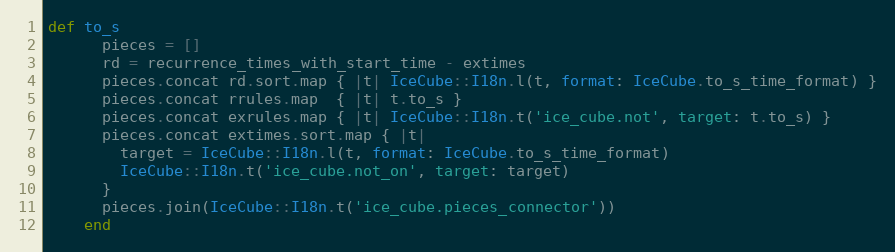
Language: Ruby
def to_s
      pieces = []
      rd = recurrence_times_with_start_time - extimes
      pieces.concat rd.sort.map { |t| IceCube::I18n.l(t, format: IceCube.to_s_time_format) }
      pieces.concat rrules.map  { |t| t.to_s }
      pieces.concat exrules.map { |t| IceCube::I18n.t('ice_cube.not', target: t.to_s) }
      pieces.concat extimes.sort.map { |t|
        target = IceCube::I18n.l(t, format: IceCube.to_s_time_format)
        IceCube::I18n.t('ice_cube.not_on', target: target)
      }
      pieces.join(IceCube::I18n.t('ice_cube.pieces_connector'))
    end